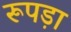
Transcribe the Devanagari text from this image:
रूपड़ा